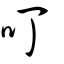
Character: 叮